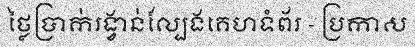
ថ្លៃប្រាក់រង្វាន់ល្បែងគេហទំព័រ - ប្រកាស